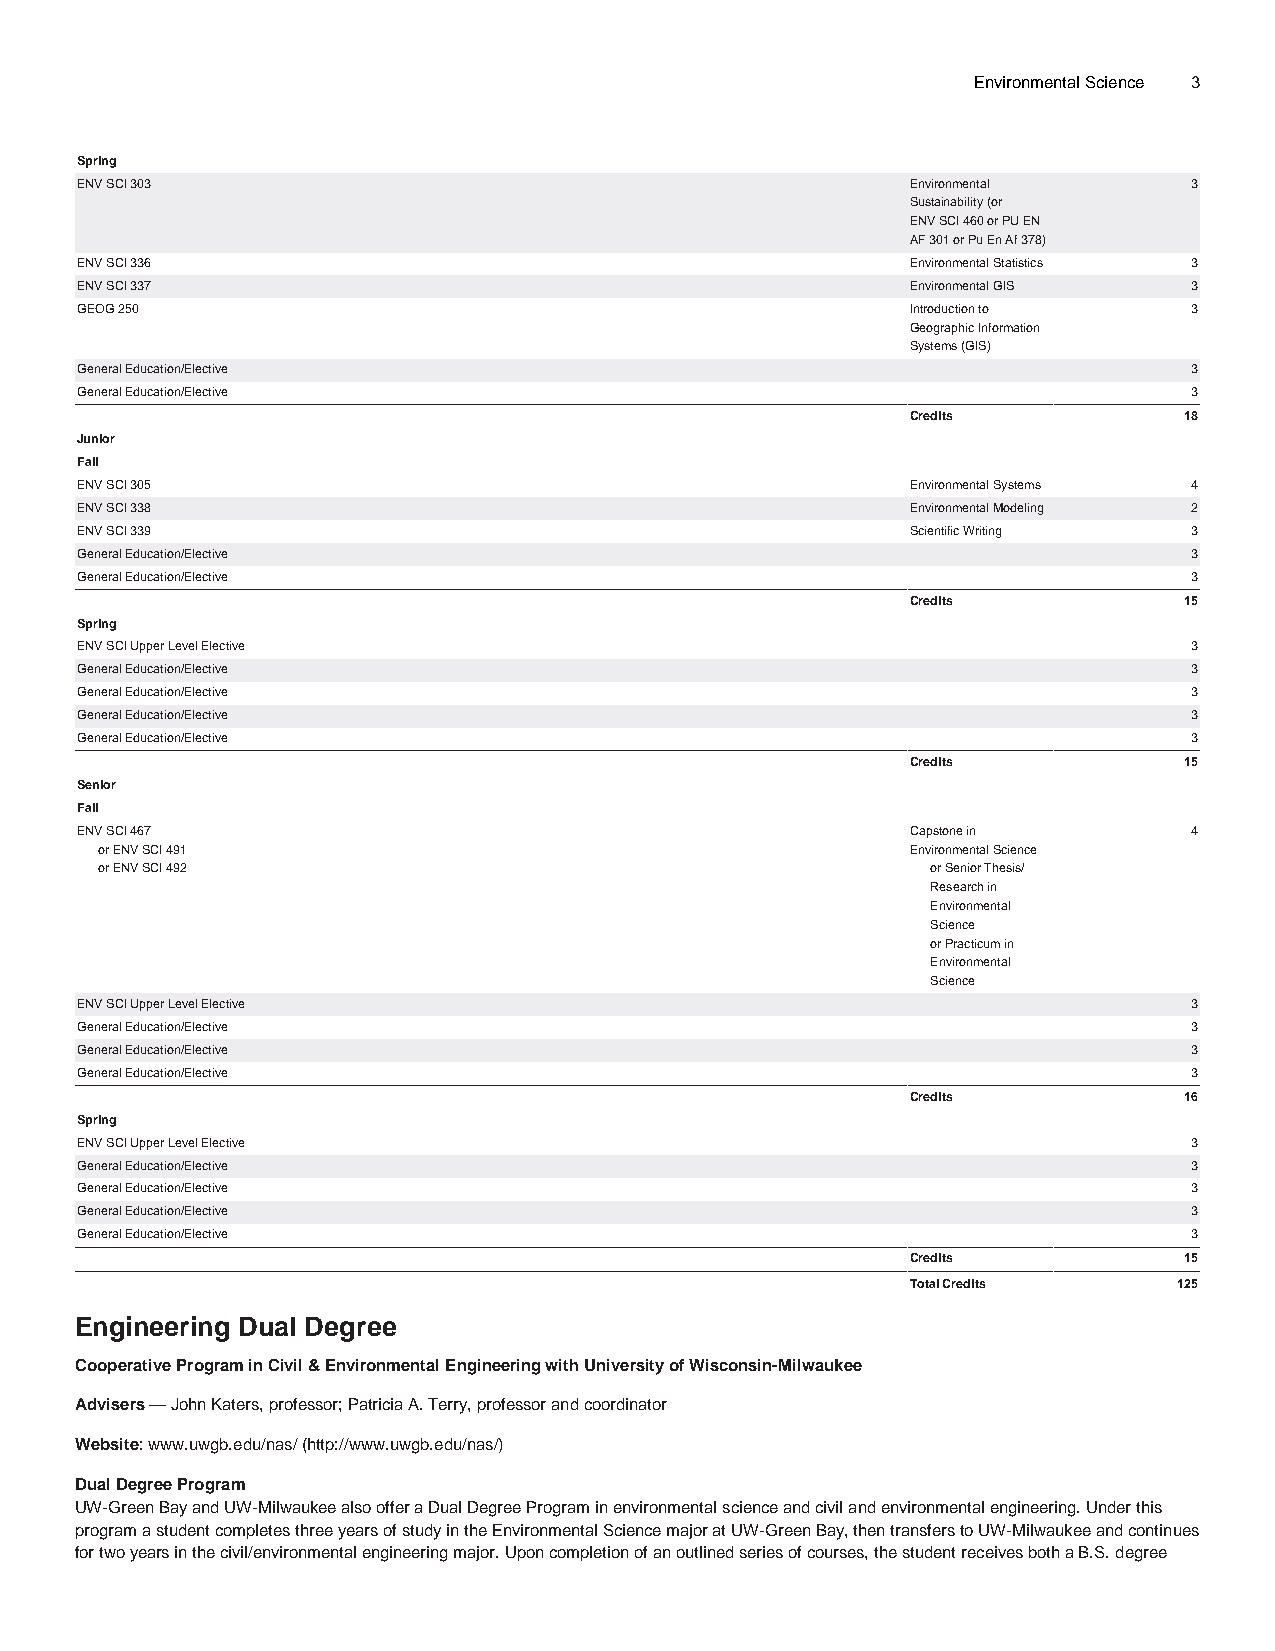
Environmental Science 3
 Spring
 ENV SCI 303                                            Environmental      3
 Sustainability (or
 ENV SCI 460 or PU EN
 AF 301 or Pu En Af 378)
 ENV SCI 336                                            Environmental Statistics 3
 ENV SCI 337                                            Environmental GIS  3
 GEOG 250                                               Introduction to    3
 Geographic Information
 Systems (GIS)
 General Education/Elective                                                3
 General Education/Elective                                                3
 Credits           18
 Junior
 Fall
 ENV SCI 305                                            Environmental Systems 4
 ENV SCI 338                                            Environmental Modeling 2
 ENV SCI 339                                            Scientific Writing 3
 General Education/Elective                                                3
 General Education/Elective                                                3
 Credits           15
 Spring
 ENV SCI Upper Level Elective                                              3
 General Education/Elective                                                3
 General Education/Elective                                                3
 General Education/Elective                                                3
 General Education/Elective                                                3
 Credits           15
 Senior
 Fall
 ENV SCI 467                                            Capstone in        4
 or ENV SCI 491                                        Environmental Science
 or ENV SCI 492                                          or Senior Thesis/
 Research in
 Environmental
 Science
 or Practicum in
 Environmental
 Science
 ENV SCI Upper Level Elective                                              3
 General Education/Elective                                                3
 General Education/Elective                                                3
 General Education/Elective                                                3
 Credits           16
 Spring
 ENV SCI Upper Level Elective                                              3
 General Education/Elective                                                3
 General Education/Elective                                                3
 General Education/Elective                                                3
 General Education/Elective                                                3
 Credits           15
 Total Credits     125
 Engineering Dual Degree
 Cooperative Program in Civil & Environmental Engineering with University of Wisconsin-Milwaukee
 Advisers — John Katers, professor; Patricia A. Terry, professor and coordinator
 Website: www.uwgb.edu/nas/ (http://www.uwgb.edu/nas/)
 Dual Degree Program
 UW-Green Bay and UW-Milwaukee also offer a Dual Degree Program in environmental science and civil and environmental engineering. Under this
 program a student completes three years of study in the Environmental Science major at UW-Green Bay, then transfers to UW-Milwaukee and continues
 for two years in the civil/environmental engineering major. Upon completion of an outlined series of courses, the student receives both a B.S. degree